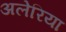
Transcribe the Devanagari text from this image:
अलेरिया